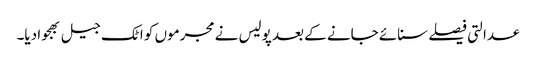
عدالتی فیصلے سنائے جانے کے بعد پولیس نے مجرموں کو اٹک جیل بھجوا دیا۔